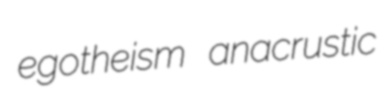
egotheism anacrustic